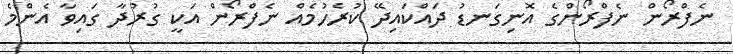
ނެފްރޯން ނެފްރޯންގެ އޮނިގަނޑު ދައްކައިދޭ ކުރެހުމެއް ނެފްރޯން އަކީ ގުރުދާ ގައިވާ އެންމެ